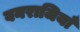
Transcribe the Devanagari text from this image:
वनराजियाँ